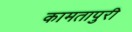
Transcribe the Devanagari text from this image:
कामतापुरी